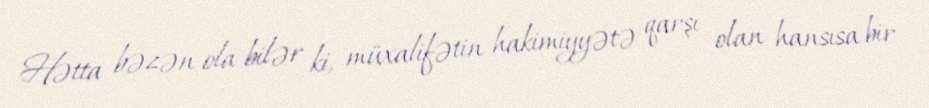
Hətta bəzən ola bilər ki, müxalifətin hakimiyyətə qarşı olan hansısa bir